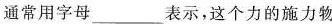
水往低处流 渔网落水通常用字母___表示，这个力的施力物